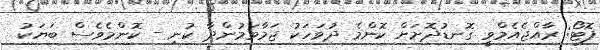
ފޮޓޯ: ރާއްޖެއެމްވީ ގޮނޑުދޮށަށް ކޮންމެ ދުވަހަކު ޖަމާވަމުންދާ ކުނި - ކޮންމެވެސް ބަޔަކު